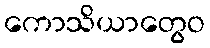
ကောသိယာတွေဝ